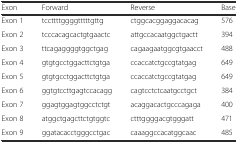
| Exon | Forward | Reverse | Base |
 | --- | --- | --- | --- |
 | Exon 1 | tccttttggggtttttgttg | ctggcacggaggacacag | 576 |
 | Exon 2 | tcccacagcactgtgaactc | attgccacaatggctgactt | 394 |
 | Exon 3 | ttcagaggggtggctgag | cagaagaatggcgtgaacct | 488 |
 | Exon 4 | gtgtgcctggacttctgtga | ccaccatctgccgtatgag | 649 |
 | Exon 5 | gtgtgcctggacttctgtga | ccaccatctgccgtatgag | 649 |
 | Exon 6 | ggtgtccttgagtccacagg | cagtcctctcaatgcctgct | 384 |
 | Exon 7 | ggagtggagtggcctctgt | acaggacactgcccagaga | 400 |
 | Exon 8 | atggctgagcttctgtggtc | ctttggggacgtgggatt | 471 |
 | Exon 9 | ggatacacctgggcctgac | caaaggccacatggcaac | 485 |